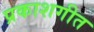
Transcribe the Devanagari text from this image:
प्रकाशगीत